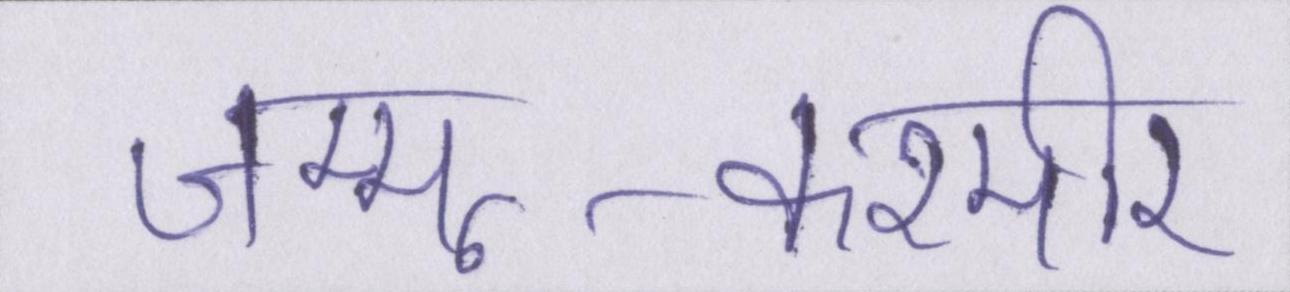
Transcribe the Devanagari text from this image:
जम्मू-कश्मीर